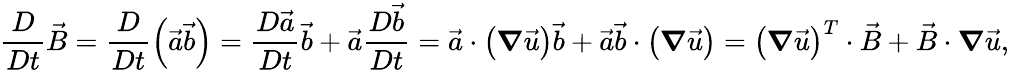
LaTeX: \frac{D}{Dt}\vec{B}=\frac{D}{Dt}\left(\vec{a}\vec{b}\right)=\frac{D\vec{a}}{Dt}\vec{b}+\vec{a}\frac{D\vec{b}}{Dt}=\vec{a}\cdot\left(\boldsymbol{\nabla}\vec{u}\right)\vec{b}+\vec{a}\vec{b}\cdot\left(\boldsymbol{\nabla}\vec{u}\right)=\left(\boldsymbol{\nabla}\vec{u}\right)^{T}\cdot\vec{B}+\vec{B}\cdot\boldsymbol{\nabla}\vec{u},